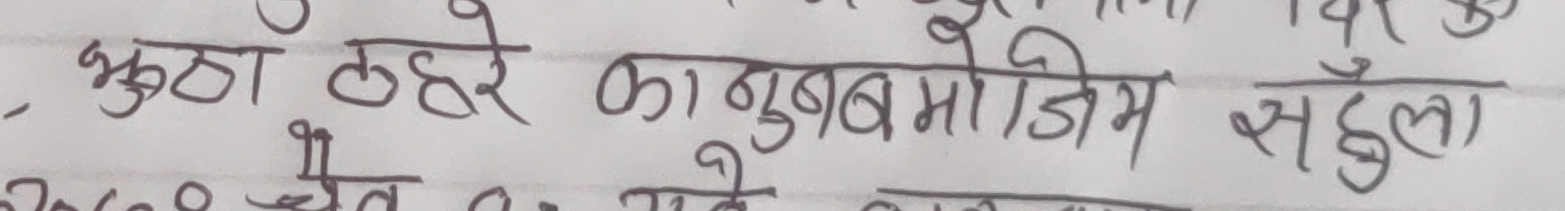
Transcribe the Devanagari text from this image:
भुट्ठा ठहरे कानुन बमोजिम सहुँला।